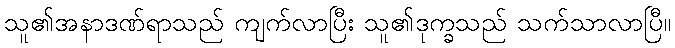
သူ၏အနာဒဏ်ရာသည် ကျက်လာပြီး သူ၏ဒုက္ခသည် သက်သာလာပြီ။